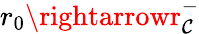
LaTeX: r_{0}\rightarrowr_{\mathcal{C}}^{-}